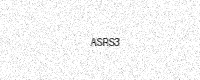
Text: ASRS3